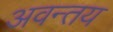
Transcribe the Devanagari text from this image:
अवन्तय